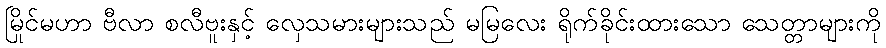
မြိုင်မဟာ ဗီလာ စလီဗူးနှင့် လှေသမားများသည် မမြလေး ရိုက်ခိုင်းထားသော သေတ္တာများကို